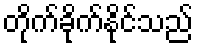
တိုက်ခိုက်နိုင်သည်